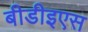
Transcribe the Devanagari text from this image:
बीडीइएस